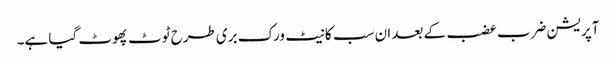
آپریشن ضرب عضب کے بعد ان سب کا نیٹ ورک بری طرح ٹوٹ پھوٹ گیا ہے۔